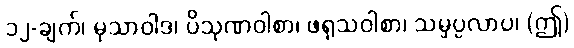
၁၂-ချက်၊ မုသာဝါဒ၊ ပိသုဏဝါစာ၊ ဖရုသဝါစာ၊ သမ္ဖပ္ပလာပ၊ (ဤ)